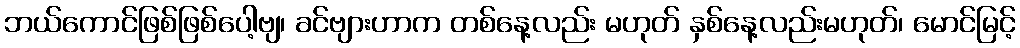
ဘယ်ကောင်ဖြစ်ဖြစ်ပေါ့ဗျ၊ ခင်ဗျားဟာက တစ်နေ့လည်း မဟုတ် နှစ်နေ့လည်းမဟုတ်၊ မောင်မြင့်